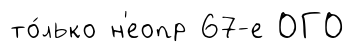
то́лько н'еопр 67-е ОГО